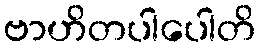
ဗာဟိတပါပေါတိ